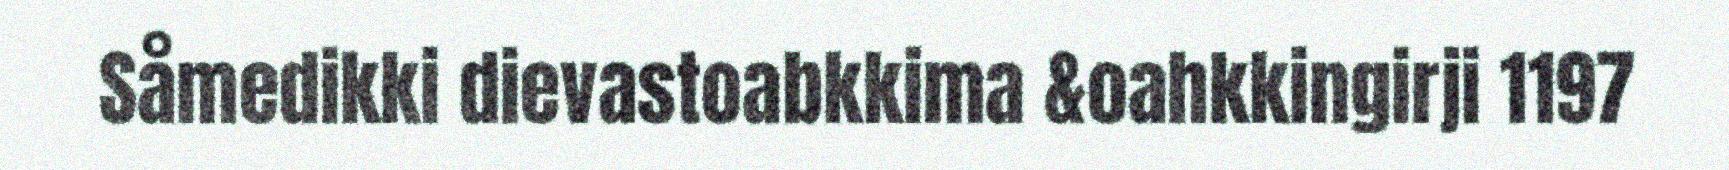
Såmedikki dievastoabkkima &oahkkingirji 1197